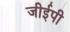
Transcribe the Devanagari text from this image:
जीईपी